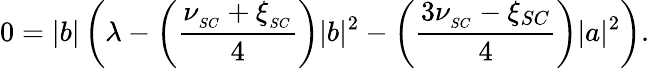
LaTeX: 0=|b|\left(\lambda-\left(\frac{\nu_{_{SC}}+\xi_{_{SC}}}{4}\right)|b|^{2}-\left(\frac{3\nu_{_{SC}}-\xi_{SC}}{4}\right)|a|^{2}\right).